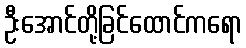
ဦးအောင်တို့ခြင်ထောင်ကရော